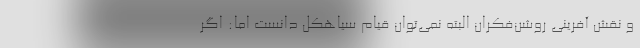
و نقش آفرینی روشن‌فکران البته نمی‌توان قیام سیاهکل دانست اما: اگر